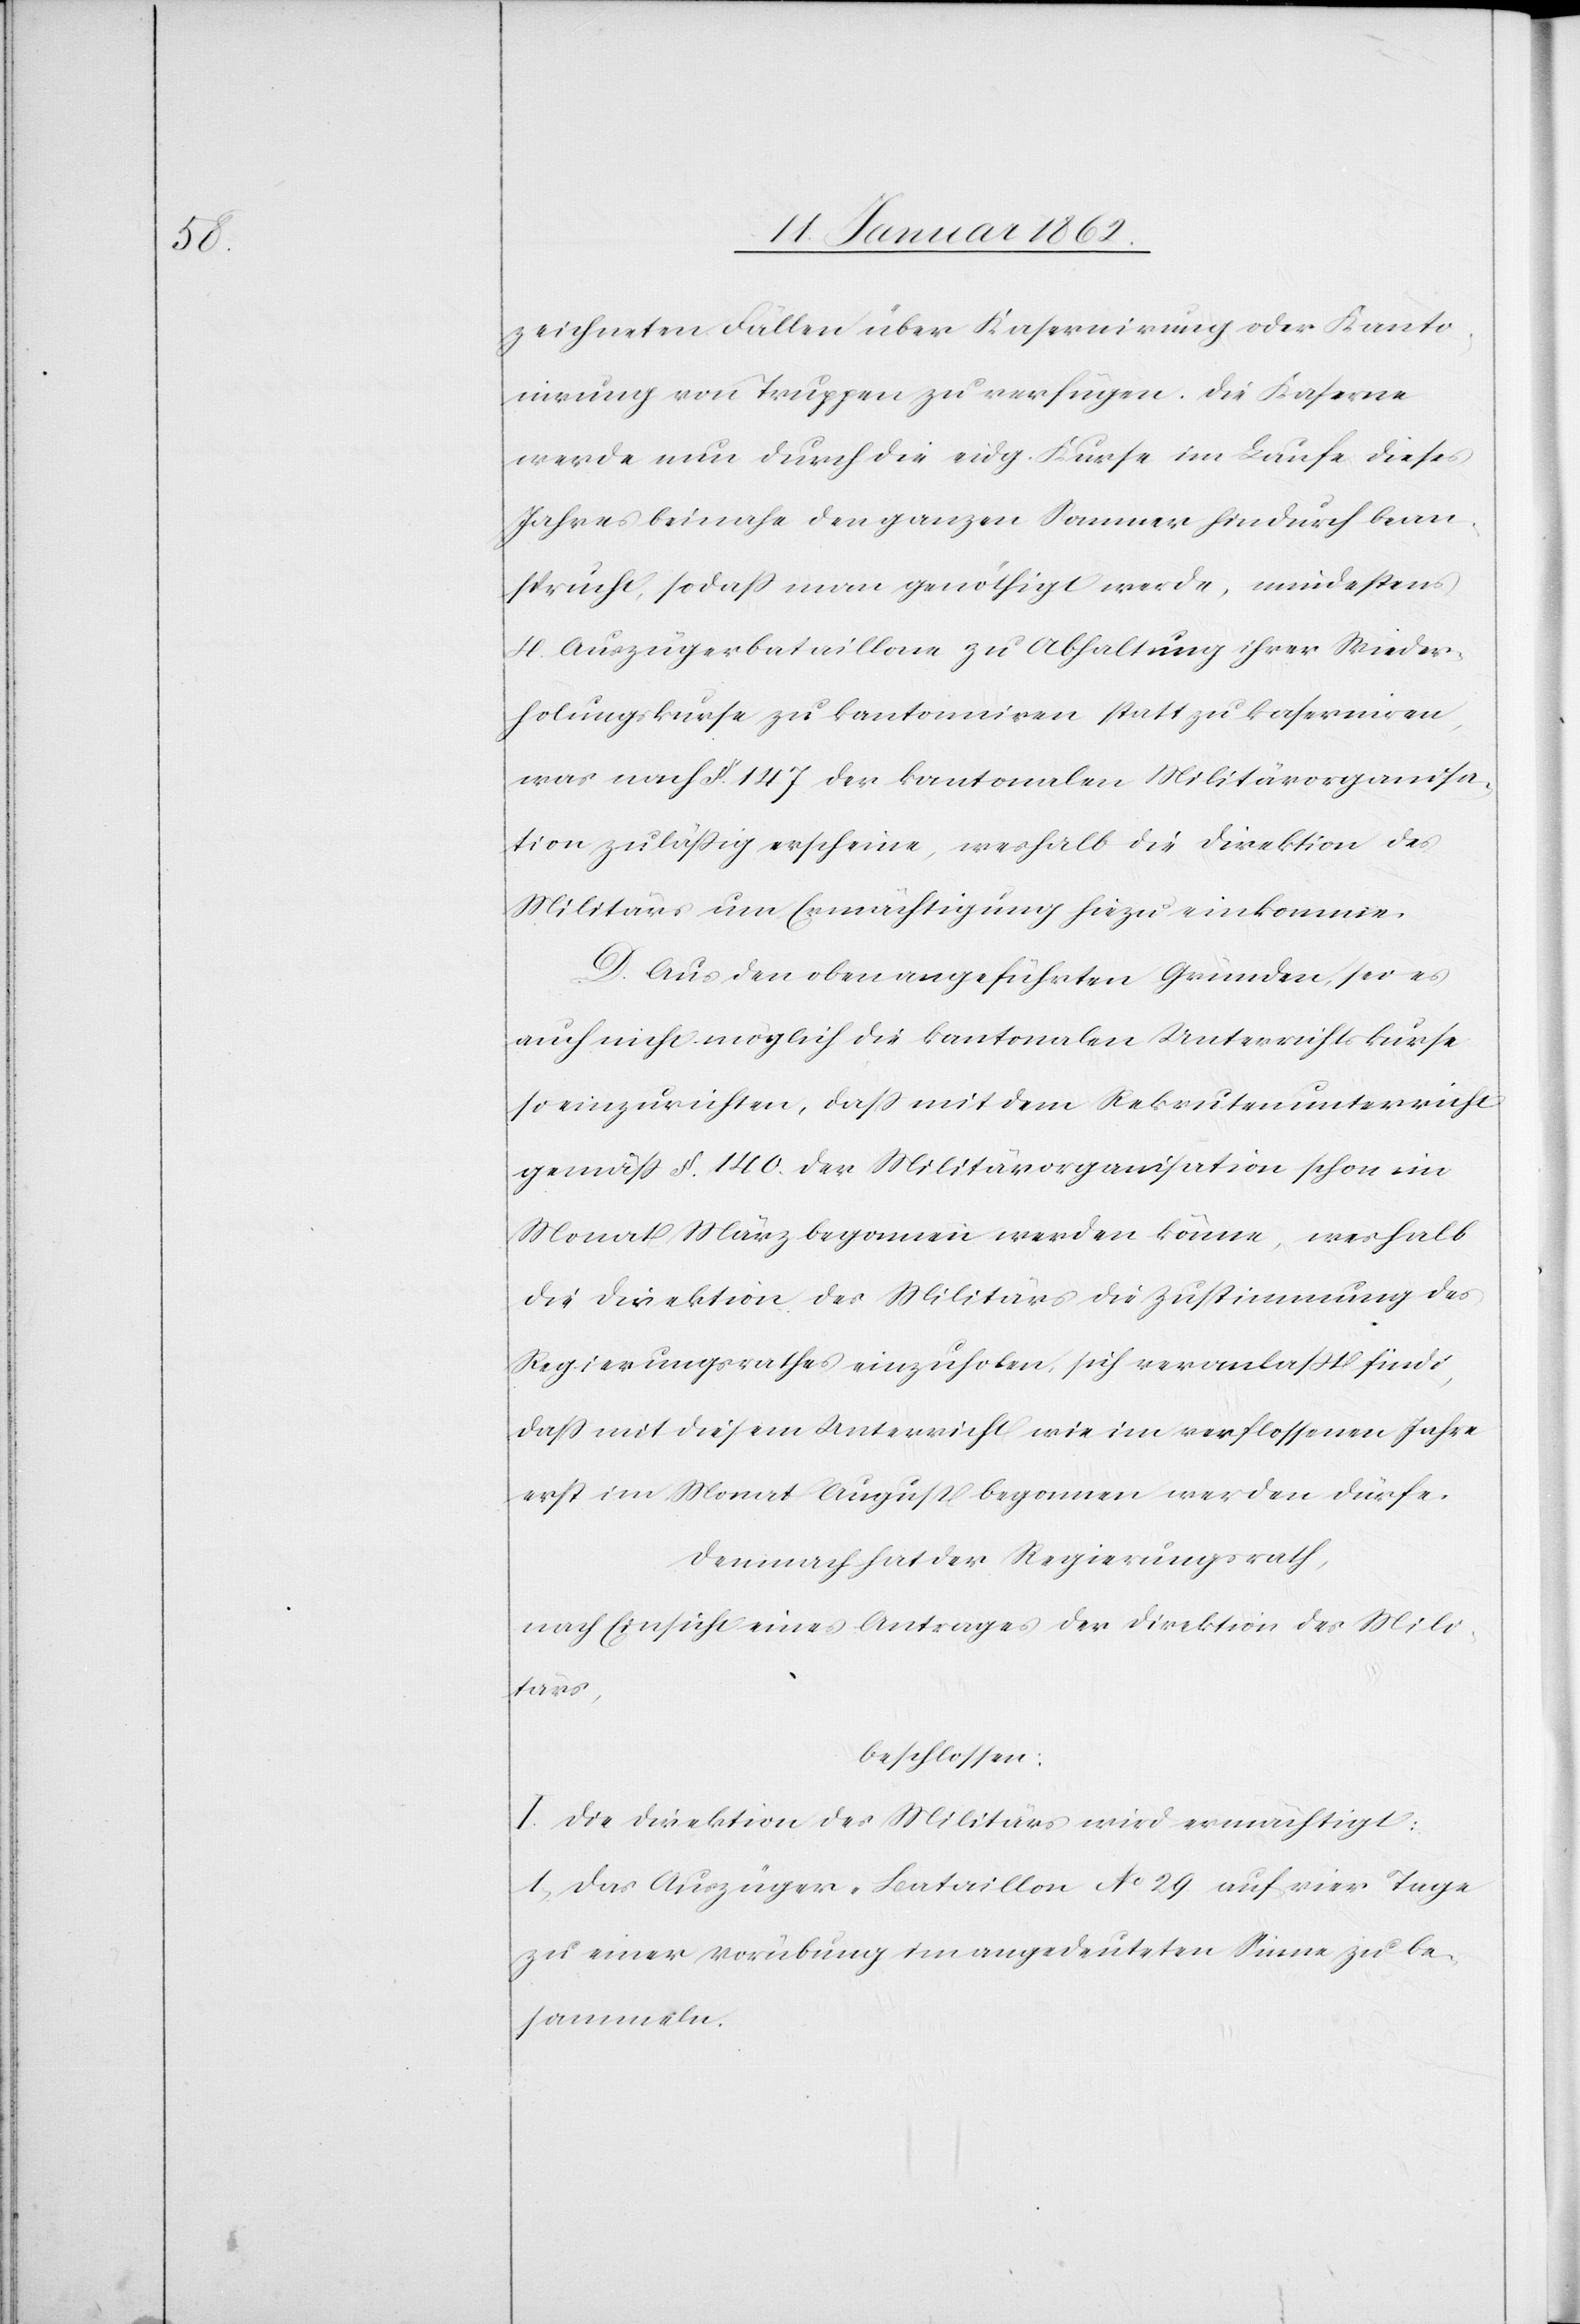
zeichneten Fällen über Kasernirung oder Kanto¬
nirung von Truppen zu verfügen. Die Kaserne
werde nun durch die eidg. Kurse im Laufe dieses
Jahres beinahe den ganzen Sommer hindurch bean¬
sprucht, so daß man genöthigt werde, mindestens
4. Auszügerbataillone zu Abhaltung ihrer Wieder¬
holungskurse zu kantonniren statt zu kaserniren,
was nach §. 147 der kantonalen Militärorganisa¬
tion zuläßig erscheine, weshalb die Direktion des
Militärs um Ermächtigung hiezu einkomme.
D. Aus den oben angeführten Gründen sei es
auch nicht möglich die kantonalen Unterrichtskurse
so einzurichten, daß mit dem Rekrutenunterricht
gemäß §. 140 der Militärorganisation schon im
Monat März begonnen werden könne, weshalb
die Direktion des Militärs die Zustimmung des
Regierungsrathes einzuholen sich veranlaßt finde,
daß mit diesem Unterricht wie im verflossenen Jahre
erst im Monat August begonnen werden dürfe.
Demnach hat der Regierungsrath,
nach Einsicht eines Antrages der Direktion des Mili¬
tärs,
beschlossen:
I. Die Direktion des Militärs wird ermächtigt:
1. Das Auszüger-Bataillon No 29 auf vier Tage
zu einer Vorübung im angedeuteten Sinne zu be¬
sammeln.